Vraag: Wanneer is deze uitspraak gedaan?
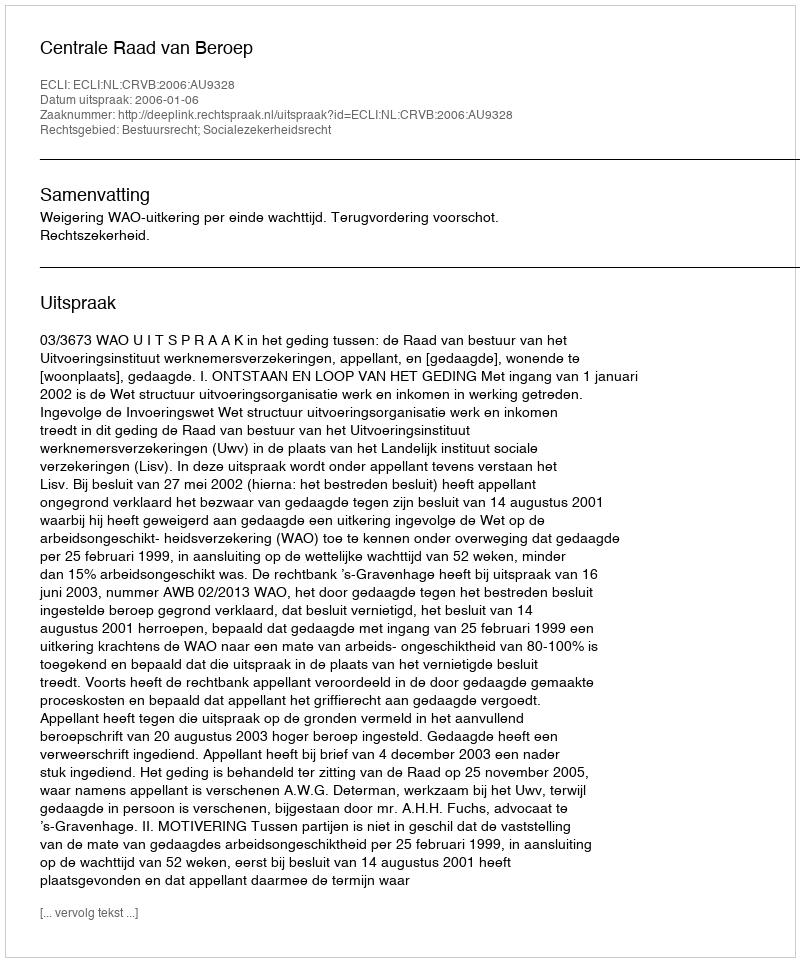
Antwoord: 2006-01-06